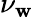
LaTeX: \nu_{\mathbf{w}}